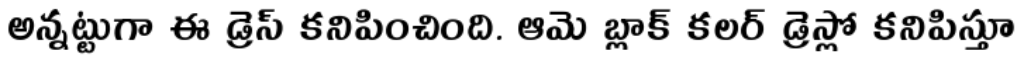
అన్నట్టుగా ఈ డ్రెస్ కనిపించింది. ఆమె బ్లాక్ కలర్ డ్రెస్లో కనిపిస్తూ